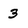
Character: 3